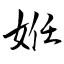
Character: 姙